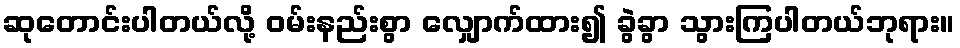
ဆုတောင်းပါတယ်လို့ ဝမ်းနည်းစွာ လျှောက်ထား၍ ခွဲခွာ သွားကြပါတယ်ဘုရား။